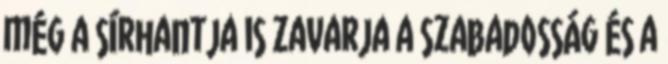
még a sírhantja is zavarja a szabadosság és a